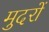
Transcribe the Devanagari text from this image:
मुदरों